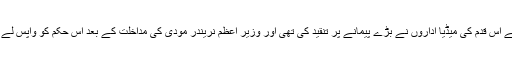
وزارت کے اس قدم کی میڈیا اداروں نے بڑے پیمانے پر تنقید کی تھی اور وزیر اعظم نریندر مودی کی مداخلت کے بعد اس حکم کو واپس لے لیا گیا تھا۔